Civil Veterinary Department. Madras. Admin. report 1926-33 - 1926-1933
Year: 1926
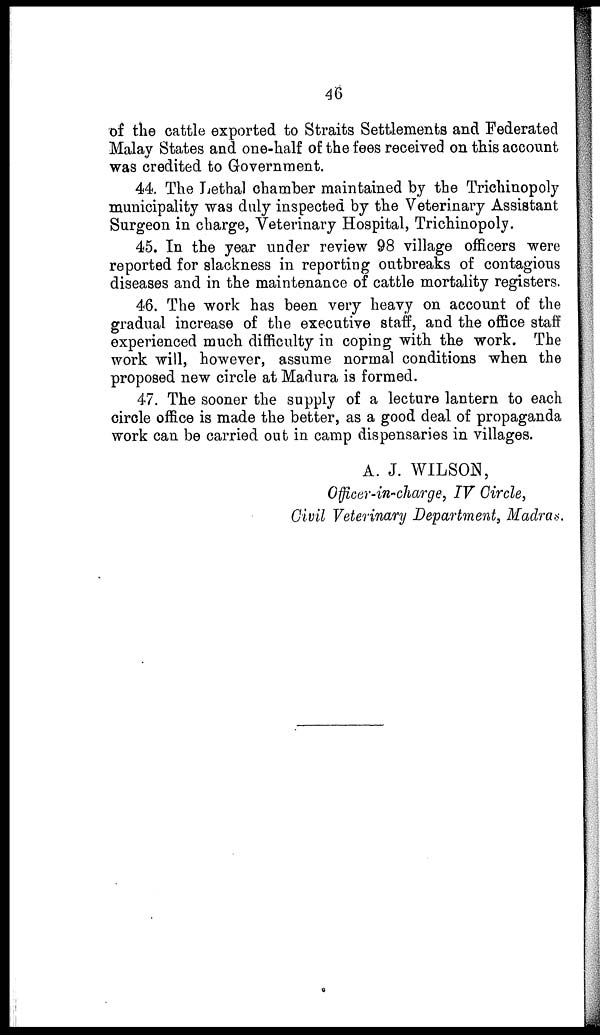
46
of the cattle exported to Straits Settlements and Federated
Malay States and one-half of the fees received on this account
was credited to Government.
44. The Lethal chamber maintained by the Trichinopoly
municipality was duly inspected by the Veterinary Assistant
Surgeon in charge, Veterinary Hospital, Trichinopoly.
45. In the year under review 98 village officers were
reported for slackness in reporting outbreaks of contagious
diseases and in the maintenance of cattle mortality registers.
46. The work has been very heavy on account of the
gradual increase of the executive staff, and the office staff
experienced much difficulty in coping with the work. The
work will, however, assume normal conditions when the
proposed new circle at Madura is formed.
47. The sooner the supply of a lecture lantern to each
circle office is made the better, as a good deal of propaganda
work can be carried out in camp dispensaries in villages.
A. J. WILSON,
Officer-in-charge, IV Circle,
Civil Veterinary Department, Madras.